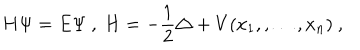
LaTeX: H \Psi = E \Psi \ , \ H = - \frac { 1 } { 2 } \triangle + V ( x _ { 1 } , , \ldots , x _ { n } ) \ ,